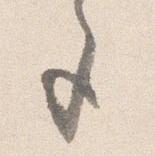
色